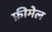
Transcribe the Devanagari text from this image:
फ़ीमेल